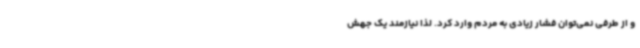
و از طرفی نمی‌توان فشار زیادی به مردم وارد کرد. لذا نیازمند یک جهش